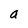
Character: a